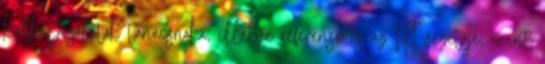
külkapcsolatok tanácsnoka, illetve referense és az IKI vezetője, mint